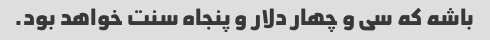
باشه که سی و چهار دلار و پنجاه سنت خواهد بود.